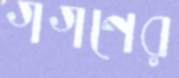
গগণের